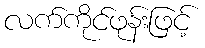
လက်ကိုင်ဖုန်းဖြင့်